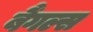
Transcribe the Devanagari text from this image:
बैंगल्स